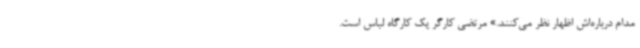
مدام درباره‌اش اظهار نظر می‌کنند.» مرتضی کارگر یک کارگاه لباس است.